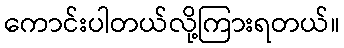
ကောင်းပါတယ်လို့ကြားရတယ်။